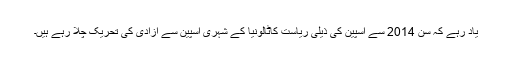
یاد رہے کہ سن 2014 سے اسپین کی ذیلی ریاست کاٹالونیا کے شہری اسپین سے آزادی کی تحریک چلا رہے ہیں۔